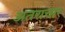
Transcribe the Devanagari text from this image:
अतराचार